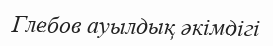
Глебов ауылдық әкімдігі